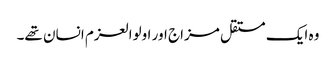
وہ ایک مستقل مزاج اور اولوالعزم انسان تھے۔